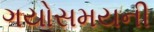
ગયોસમયની